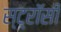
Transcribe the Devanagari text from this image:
स्ट्रॉसी